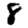
Digit: 8